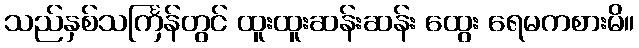
သည်နှစ်သင်္ကြန်တွင် ထူးထူးဆန်းဆန်း ထွေး ရေမကစားမိ။